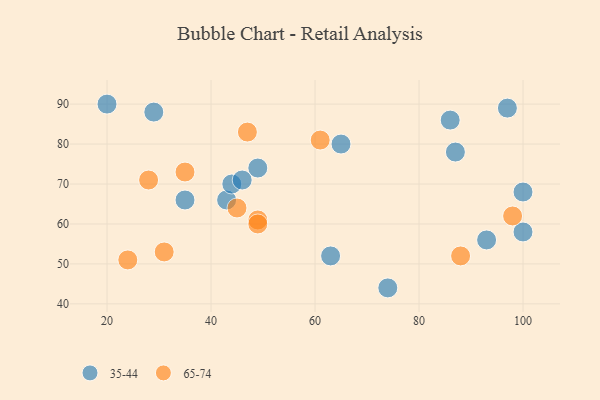
{"axis": {"x": "GDP", "y": "Life Expectancy"}, "legend": ["35-44", "65-74"], "data": [{"x": "65", "y": 80, "type": "35-44"}, {"x": "20", "y": 90, "type": "35-44"}, {"x": "74", "y": 44, "type": "35-44"}, {"x": "43", "y": 66, "type": "35-44"}, {"x": "100", "y": 58, "type": "35-44"}, {"x": "86", "y": 86, "type": "35-44"}, {"x": "100", "y": 68, "type": "35-44"}, {"x": "49", "y": 74, "type": "35-44"}, {"x": "35", "y": 66, "type": "35-44"}, {"x": "97", "y": 89, "type": "35-44"}, {"x": "44", "y": 70, "type": "35-44"}, {"x": "93", "y": 56, "type": "35-44"}, {"x": "87", "y": 78, "type": "35-44"}, {"x": "29", "y": 88, "type": "35-44"}, {"x": "63", "y": 52, "type": "35-44"}, {"x": "46", "y": 71, "type": "35-44"}, {"x": "31", "y": 53, "type": "65-74"}, {"x": "35", "y": 73, "type": "65-74"}, {"x": "24", "y": 51, "type": "65-74"}, {"x": "98", "y": 62, "type": "65-74"}, {"x": "28", "y": 71, "type": "65-74"}, {"x": "45", "y": 64, "type": "65-74"}, {"x": "49", "y": 61, "type": "65-74"}, {"x": "47", "y": 83, "type": "65-74"}, {"x": "49", "y": 60, "type": "65-74"}, {"x": "61", "y": 81, "type": "65-74"}, {"x": "88", "y": 52, "type": "65-74"}]}